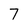
Character: 7